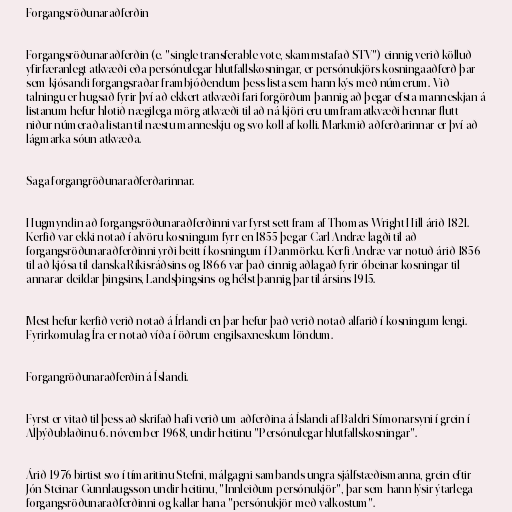
Forgangsröðunaraðferðin

Forgangsröðunaraðferðin (e. "single transferable vote, skammstafað STV") einnig verið kölluð
yfirfæranlegt atkvæði eða persónulegar hlutfallskosningar, er persónukjörs kosningaaðferð þar
sem kjósandi forgangsraðar frambjóðendum þess lista sem hann kýs með númerum. Við
talningu er hugsað fyrir því að ekkert atkvæði fari forgörðum þannig að þegar efsta manneskjan á
listanum hefur hlotið nægilega mörg atkvæði til að ná kjöri eru umframatkvæði hennar flutt
niður númeraða listan til næstu manneskju og svo koll af kolli. Markmið aðferðarinnar er því að
lágmarka sóun atkvæða.

Saga forgangröðunaraðferðarinnar.

Hugmyndin að forgangsröðunaraðferðinni var fyrst sett fram af Thomas Wright Hill árið 1821.
Kerfið var ekki notað í alvöru kosningum fyrr en 1855 þegar Carl Andræ lagði til að
forgangsröðunaraðferðinni yrði beitt í kosningum í Danmörku. Kerfi Andræ var notuð árið 1856
til að kjósa til danska Ríkisráðsins og 1866 var það einnig aðlagað fyrir óbeinar kosningar til
annarar deildar þingsins, Landsþingsins og hélst þannig þar til ársins 1915.

Mest hefur kerfið verið notað á Írlandi en þar hefur það verið notað alfarið í kosningum lengi.
Fyrirkomulag Íra er notað víða í öðrum engilsaxneskum löndum.

Forgangröðunaraðferðin á Íslandi.

Fyrst er vitað til þess að skrifað hafi verið um aðferðina á Íslandi af Baldri Símonarsyni í grein í
Alþýðublaðinu 6. nóvember 1968, undir heitinu "Persónulegar hlutfallskosningar".

Árið 1976 birtist svo í tímaritinu Stefni, málgagni sambands ungra sjálfstæðismanna, grein eftir
Jón Steinar Gunnlaugsson undir heitinu, "Innleiðum persónukjör", þar sem hann lýsir ýtarlega
forgangsröðunaraðferðinni og kallar hana "persónukjör með valkostum".